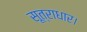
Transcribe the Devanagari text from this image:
सूत्राधार।